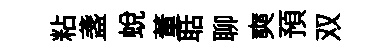
粘盞蜕董聒聊奭預双